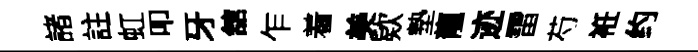
諸註虹叩牙舘乍着美欵墊龍迹雷芍袵约